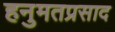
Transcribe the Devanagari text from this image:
हनुमतप्रसाद